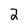
Character: 2